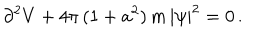
\partial ^ { 2 } V + 4 \pi \, ( 1 + a ^ { 2 } ) \, m \, | \psi | ^ { 2 } = 0 \, .